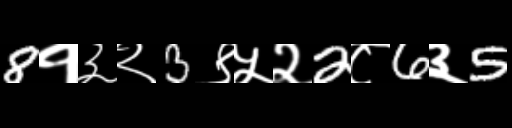
Text: 8१३२3९५२2८6३5